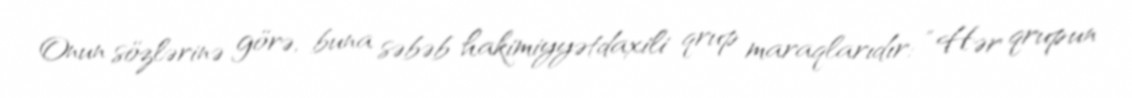
Onun sözlərinə görə, buna səbəb hakimiyyətdaxili qrup maraqlarıdır: “Hər qrupun